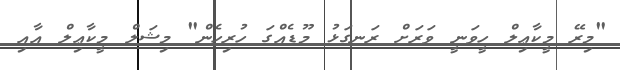
"މިރޭ މީކާޢިލް ހީވަނީ ވަރަށް ރަނގަޅު މޫޑެއްގަ ހުރިހެން" މިޝަލް މީކާޢިލް އާއި